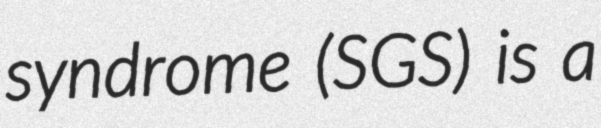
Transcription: syndrome (SGS) is a